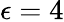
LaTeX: \epsilon=4